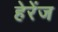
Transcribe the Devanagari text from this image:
हेरेंज